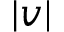
| v |